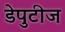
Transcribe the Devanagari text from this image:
डेपुटीज